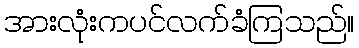
အားလုံးကပင်လက်ခံကြသည်။